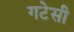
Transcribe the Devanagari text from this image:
गटेसी